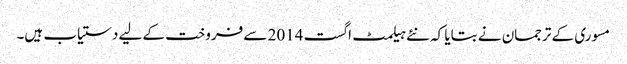
مسوری کے ترجمان نے بتایا کہ نئے ہیلمٹ اگست 2014 سے فروخت کے لیے دستیاب ہیں۔